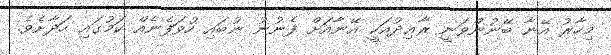
މިހާރު އޭނާ ބޭނުންވަނީ ރާޢިދުއަކީ އޭނާއަށް ފެނުނު ނުބައި ހުވަފެނެއް ކަމުގައި ހަދާށެވެ.